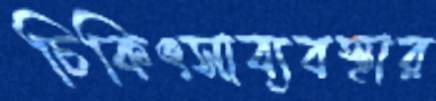
চিকিৎসাব্যবস্থার